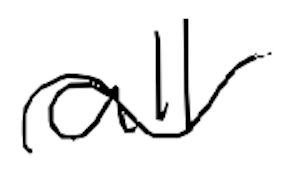
Text: all
Cross-out: wave
Writing tool: digital_black